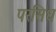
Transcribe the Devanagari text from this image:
परसिध